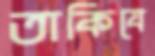
তাকিযে